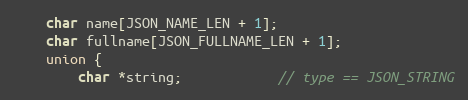
Language: C
    char name[JSON_NAME_LEN + 1];
    char fullname[JSON_FULLNAME_LEN + 1];
    union {
        char *string;			// type == JSON_STRING